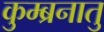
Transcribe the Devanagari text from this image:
कुम्ब्रनातु